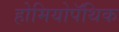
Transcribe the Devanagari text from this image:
होमियोपॅथिक